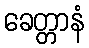
ခေတ္တာနံ